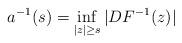
LaTeX: \begin{align*} a^{-1}(s)=\inf_{|z|\ge s} |DF^{-1}(z)| \end{align*}